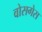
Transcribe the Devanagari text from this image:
वोसगेस